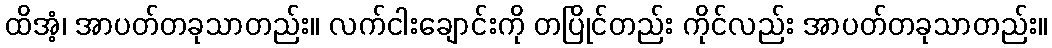
ထိအံ့၊ အာပတ်တခုသာတည်း။ လက်ငါးချောင်းကို တပြိုင်တည်း ကိုင်လည်း အာပတ်တခုသာတည်း။